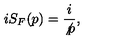
i S _ { F } ( p ) = \frac { i } { \not { p } } ,